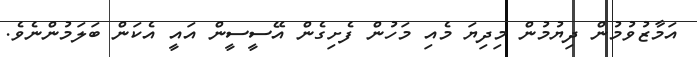
އަމާޒުވުމުން ދިޔުމުން މިދިޔަ މެއި މަހުން ފެށިގެން އޭސީސީން އައީ އެކަން ބަލަމުންނެވެ.